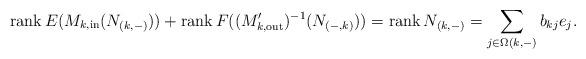
LaTeX: \begin{align*}\operatorname{rank} E(M_{k,\mathrm{in}}(N_{(k,-)})) + \operatorname{rank} {F((M_{k, \mathrm{out}}')^{-1}(N_{(-,k)}))} = \operatorname{rank} N_{(k,-)} = \sum_{j\in \Omega(k,-)} b_{kj}e_j.\end{align*}